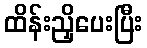
ထိန်းညှိပေးပြီး